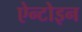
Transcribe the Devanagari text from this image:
ऐन्टोइन